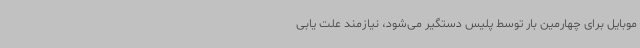
موبایل برای چهارمین بار توسط پلیس دستگیر می‌شود، نیازمند علت یابی